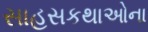
સાહસકથાઓના